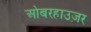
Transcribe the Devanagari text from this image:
ओबरहाउज़र